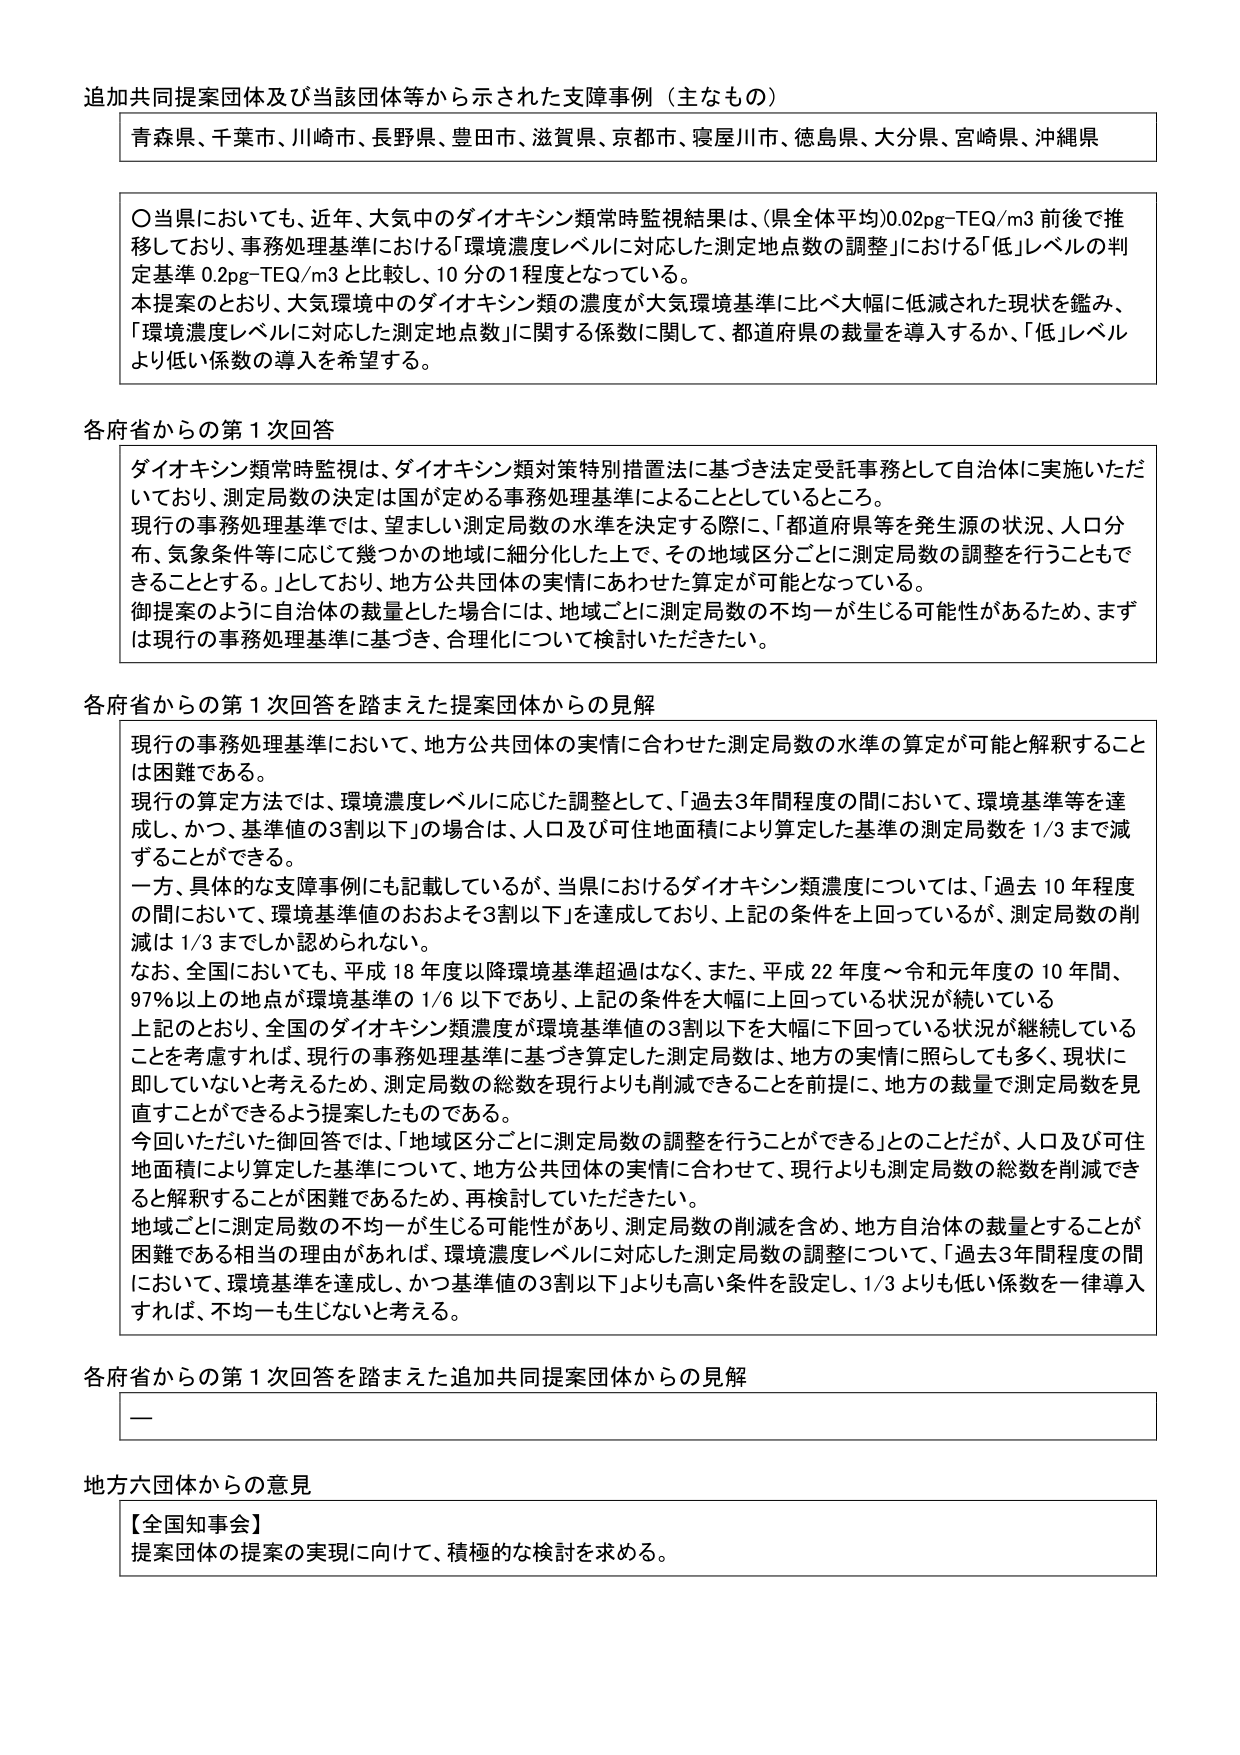
追加共同提案団体及び当該団体等から示された支障事例（主なもの）

青森県、千葉市、川崎市、長野県、豊田市、滋賀県、京都市、寝屋川市、徳島県、大分県、宮崎県、沖縄県

〇当県においても、近年、大気中のダイオキシン類常時監視結果は、（県全体平均）0.02pg-TEQ/m3 前後で推移しており、事務処理基準における「環境濃度レベルに対応した測定地点数の調整」における「低」レベルの判定基準 0.2pg-TEQ/m3 と比較し、10 分の 1 程度となっている。
本提案のとおり、大気環境中のダイオキシン類の濃度が大気環境基準に比べ大幅に低減された現状を鑑み、「環境濃度レベルに対応した測定地点数」に関する係数に関して、都道府県の裁量を導入するか、「低」レベルより低い係数の導入を希望する。

各府省からの第 1 次回答

ダイオキシン類常時監視は、ダイオキシン類対策特別措置法に基づき法定受託事務として自治体に実施いただいており、測定局数の決定は国が定める事務処理基準によることとしているところ。
現行の事務処理基準では、望ましい測定局数の水準を決定する際に、「都道府県等を発生源の状況、人口分布、気象条件等に応じて幾つかの地域に細分化した上で、その地域区分ごとに測定局数の調整を行うこともできることとする。」としており、地方公共団体の実情にあわせた算定が可能となっている。
御提案のように自治体の裁量とした場合には、地域ごとに測定局数の不均一が生じる可能性があるため、まずは現行の事務処理基準に基づき、合理化について検討いただきたい。

各府省からの第 1 次回答を踏まえた提案団体からの見解

現行の事務処理基準において、地方公共団体の実情に合わせた測定局数の水準の算定が可能と解釈することは困難である。
現行の算定方法では、環境濃度レベルに応じた調整として、「過去3年間程度の間において、環境基準等を達成し、かつ、基準値の3割以下」の場合は、人口及び可住地面積により算定した基準の測定局数を 1/3 まで減ずることができる。
一方、具体的な支障事例にも記載しているが、当県におけるダイオキシン類濃度については、「過去 10 年程度の間において、環境基準値のおおよそ3割以下」を達成しており、上記の条件を上回っているが、測定局数の削減は 1/3 までしか認められない。
なお、全国においても、平成 18 年度以降環境基準超過はなく、また、平成 22 年度～令和元年度の 10 年間、97％以上の地点が環境基準の 1/6 以下であり、上記の条件を大幅に上回っている状況が続いている。
上記のとおり、全国のダイオキシン類濃度が環境基準値の3割以下を大幅に下回っている状況が継続していることを考慮すれば、現行の事務処理基準に基づき算定した測定局数は、地方の実情に照らしても多く、現状に即していないと考えるため、測定局数の総数を現行よりも削減できることを前提に、地方の裁量で測定局数を見直すことができるよう提案したものである。
今回いただいた御回答では、「地域区分ごとに測定局数の調整を行うことができる」とのことだが、人口及び可住地面積により算定した基準について、地方公共団体の実情に合わせて、現行よりも測定局数の総数を削減できると解釈することが困難であるため、再検討していただきたい。
地域ごとに測定局数の不均一が生じる可能性があり、測定局数の削減を含め、地方自治体の裁量とすることが困難である相当の理由があれば、環境濃度レベルに対応した測定局数の調整について、「過去3年間程度の間において、環境基準を達成し、かつ基準値の3割以下」よりも高い条件を設定し、1/3 よりも低い係数を一律導入すれば、不均一も生じないと考える。

各府省からの第 1 次回答を踏まえた追加共同提案団体からの見解

—

地方六団体からの意見

【全国知事会】
提案団体の提案の実現に向けて、積極的な検討を求める。